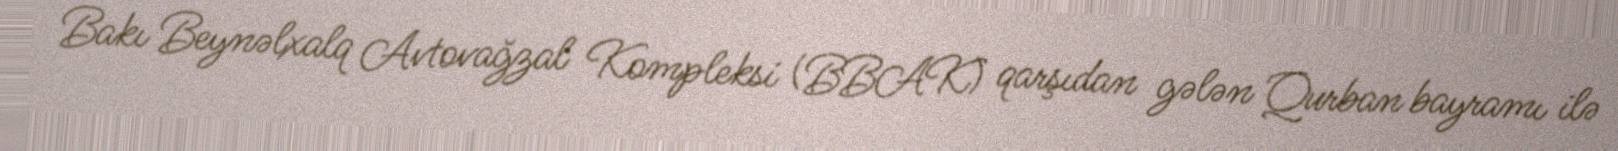
Bakı Beynəlxalq Avtovağzal Kompleksi (BBAK) qarşıdan gələn Qurban bayramı ilə